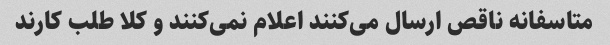
متاسفانه ناقص ارسال می‌کنند اعلام نمی‌کنند و کلا طلب کارند